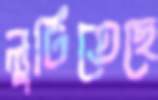
লুটিতেছে